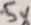
Text: 5V